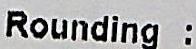
ROUNDING :